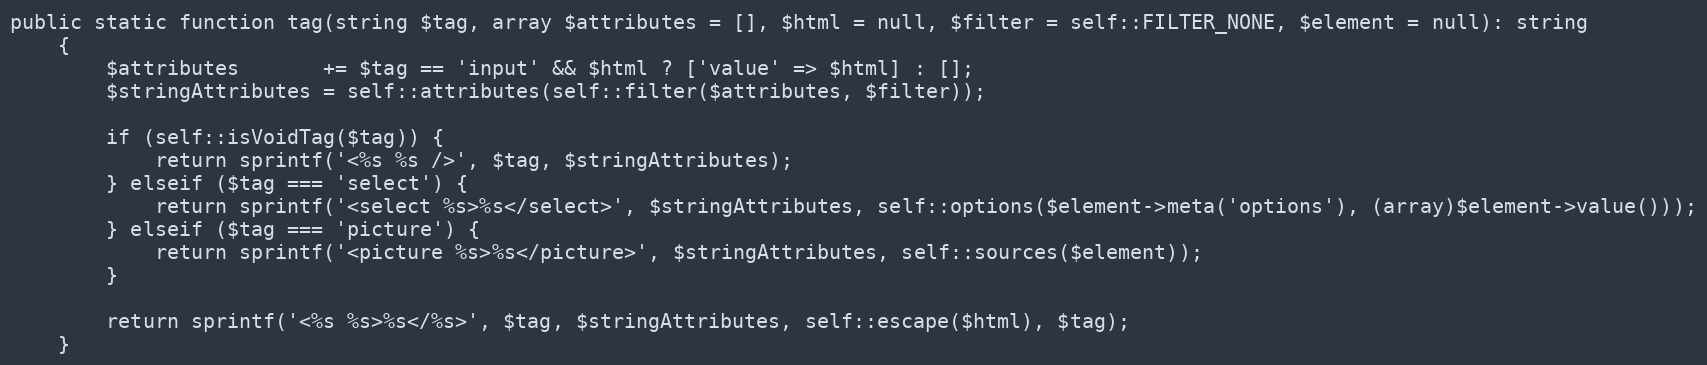
Language: PHP
public static function tag(string $tag, array $attributes = [], $html = null, $filter = self::FILTER_NONE, $element = null): string
    {
        $attributes       += $tag == 'input' && $html ? ['value' => $html] : [];
        $stringAttributes = self::attributes(self::filter($attributes, $filter));

        if (self::isVoidTag($tag)) {
            return sprintf('<%s %s />', $tag, $stringAttributes);
        } elseif ($tag === 'select') {
            return sprintf('<select %s>%s</select>', $stringAttributes, self::options($element->meta('options'), (array)$element->value()));
        } elseif ($tag === 'picture') {
            return sprintf('<picture %s>%s</picture>', $stringAttributes, self::sources($element));
        }

        return sprintf('<%s %s>%s</%s>', $tag, $stringAttributes, self::escape($html), $tag);
    }